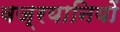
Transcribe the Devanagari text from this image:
वज्रयानियों